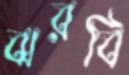
ঝরবি